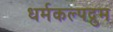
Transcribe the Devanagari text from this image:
धर्मकल्पद्रुम